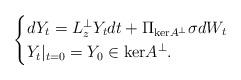
LaTeX: \begin{align*}\begin{cases}dY_t = L_{z}^\perp Y_t dt + \Pi_{\mathrm{ker}A^\perp}\sigma dW_t \\ Y_t|_{t=0} = Y_0 \in \mathrm{ker}A^\perp.\end{cases}\end{align*}